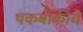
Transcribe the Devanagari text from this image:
थकबाकीचे